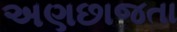
અણછાજતા